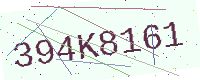
Text: 394K8161